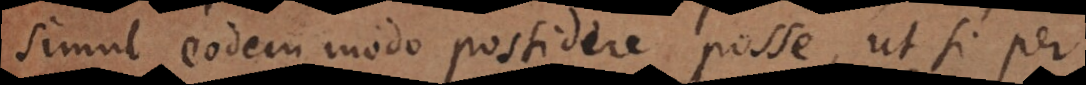
simul eodem modo possidere posse, ut si per